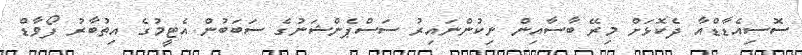
ސޮސިއެޑާޑްއާ ދެކޮޅަށް މިރޭ ބާސާއިން ނިކުންނައިރު ސަސްޕެންޝަނުގެ ސަބަބުން އެޓީމުގެ އިތުބާރު ފޯވާޑް